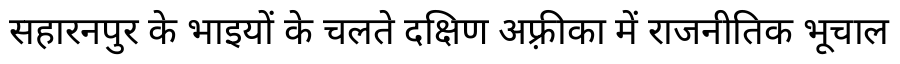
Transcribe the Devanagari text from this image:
सहारनपुर के भाइयों के चलते दक्षिण अफ़्रीका में राजनीतिक भूचाल